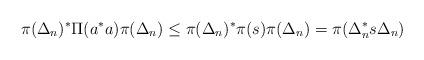
LaTeX: \begin{align*}\pi(\Delta_n)^*\Pi(a^*a)\pi(\Delta_n)\leq \pi(\Delta_n)^*\pi(s)\pi(\Delta_n)=\pi(\Delta_n^* s\Delta_n)\end{align*}